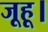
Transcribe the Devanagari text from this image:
जूहू।